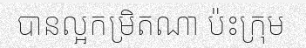
បានល្អកម្រិតណា ប៉ះក្រុម